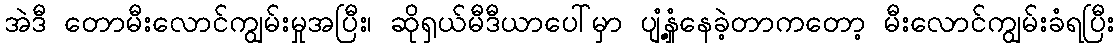
အဲဒီ တောမီးလောင်ကျွမ်းမှုအပြီး၊ ဆိုရှယ်မီဒီယာပေါ်မှာ ပျံ့နှံ့နေခဲ့တာကတော့ မီးလောင်ကျွမ်းခံရပြီး